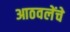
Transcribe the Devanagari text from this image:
आठवलेंचे